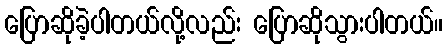
ပြောဆိုခဲ့ပါတယ်လို့လည်း ပြောဆိုသွားပါတယ်။